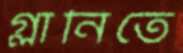
গ্লানিতে